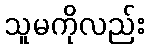
သူမကိုလည်း